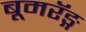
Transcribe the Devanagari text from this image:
बूमरॅङ्ग